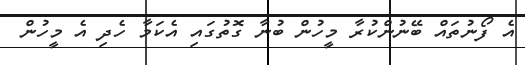
އެ ފޯނުތައް ބޭނުންކުރާ މީހުން ބުނާ ގޮތުގައި އެކަމާ ހެދި އެ މީހުން